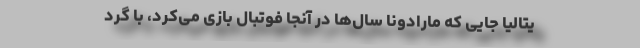
یتالیا جایی که مارادونا سال‌ها در آنجا فوتبال بازی می‌کرد، با گرد